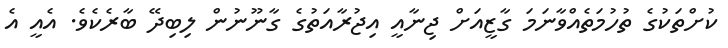
ކުށްތަކުގެ ތުހުމަތެއްވާނަމަ ގާޒީއަށް ޖިނާއީ އިޖުރާއަތުގެ ގާނޫނުން ލިބިދޭ ބާރެކެވެ. އެއީ އެ